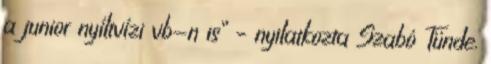
a junior nyíltvízi vb-n is” – nyilatkozta Szabó Tünde.